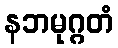
နဘမုဂ္ဂတံ